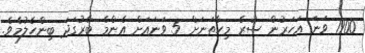
1900 ވަނަ އަހަރުން ސުރެ މިހާތަނަށް 5 ވަނައަށް އެންމެ ބާރުގަދަ ބިންހެލުމެވެ.